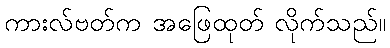
ကားလ်ဗတ်က အဖြေထုတ် လိုက်သည်။